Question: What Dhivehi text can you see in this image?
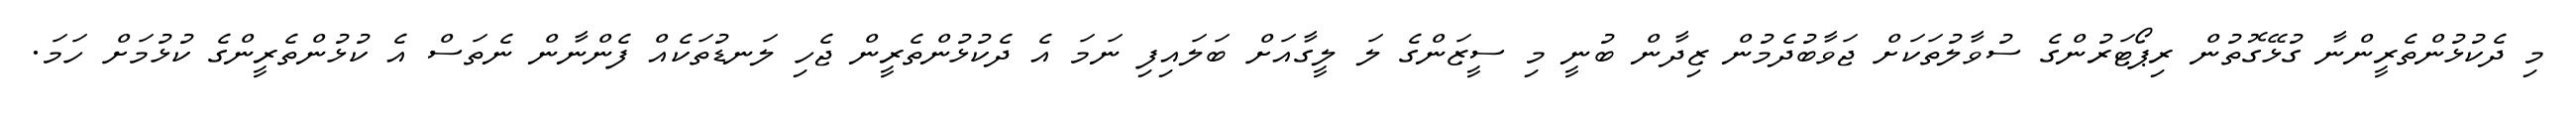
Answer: މި ދެކުޅުންތެރީންނާ ގުޅޭގޮތުން ރިޕޯޓަރުންގެ ސުވާލުތަކަށް ޖަވާބުދެމުން ޒިދާން ބުނީ މި ސީޒަންގެ ލަ ލީގާއަށް ބަލައިފި ނަމަ އެ ދެކުޅުންތެރީން ޖެހި ލަނޑުތަކެއް ފެންނާން ނެތަސް އެ ކުޅުންތެރީންގެ ކުޅުމަށް ހަމަ.